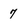
Character: 7